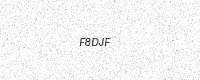
Text: F8DJF